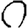
Digit: 0